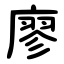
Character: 廖